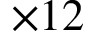
\times 1 2